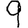
Digit: 9